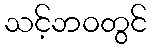
သင့်ဘဝတွင်